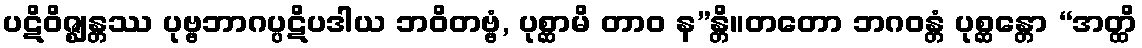
ပဋိဝိဇ္ဈန္တဿ ပုဗ္ဗဘာဂပ္ပဋိပဒါယ ဘဝိတဗ္ဗံ, ပုစ္ဆာမိ တာဝ န”န္တိ။တတော ဘဂဝန္တံ ပုစ္ဆန္တော “အတ္ထိ